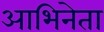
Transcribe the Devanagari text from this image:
आभिनेता